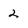
Character: 2